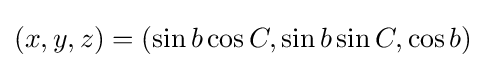
(x,y,z)=(\sin b\cos C,\sin b\sin C,\cos b)